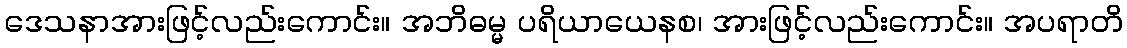
ဒေသနာအားဖြင့်လည်းကောင်း။ အဘိဓမ္မ ပရိယာယေနစ၊ အားဖြင့်လည်းကောင်း။ အပရာတိ